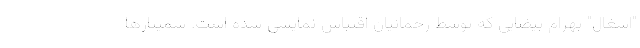
"اشغال" بهرام بیضایی که توسط رحمانیان اقتباس نمایشی شده است. سمینارها